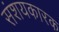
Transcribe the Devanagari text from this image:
संशयकारक